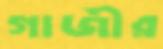
গাজীর